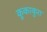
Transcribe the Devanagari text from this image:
कूकाकुरा